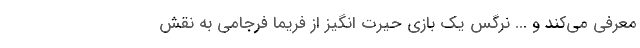
معرفي مي‌کند و ... نرگس يک بازي حيرت انگيز از فريما فرجامي به نقش